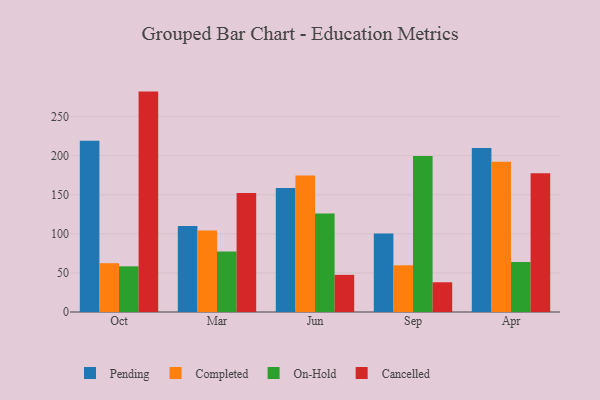
{"axis": {"x": "Month", "y": "Demand Index"}, "legend": ["Cancelled", "Completed", "On-Hold", "Pending"], "data": [{"x": "Oct", "y": 219.0, "type": "Pending"}, {"x": "Oct", "y": 62.4, "type": "Completed"}, {"x": "Oct", "y": 58.4, "type": "On-Hold"}, {"x": "Oct", "y": 281.8, "type": "Cancelled"}, {"x": "Mar", "y": 109.9, "type": "Pending"}, {"x": "Mar", "y": 104.1, "type": "Completed"}, {"x": "Mar", "y": 77.3, "type": "On-Hold"}, {"x": "Mar", "y": 152.0, "type": "Cancelled"}, {"x": "Jun", "y": 158.7, "type": "Pending"}, {"x": "Jun", "y": 174.6, "type": "Completed"}, {"x": "Jun", "y": 125.8, "type": "On-Hold"}, {"x": "Jun", "y": 47.5, "type": "Cancelled"}, {"x": "Sep", "y": 100.3, "type": "Pending"}, {"x": "Sep", "y": 59.7, "type": "Completed"}, {"x": "Sep", "y": 199.6, "type": "On-Hold"}, {"x": "Sep", "y": 38.0, "type": "Cancelled"}, {"x": "Apr", "y": 209.8, "type": "Pending"}, {"x": "Apr", "y": 192.0, "type": "Completed"}, {"x": "Apr", "y": 63.9, "type": "On-Hold"}, {"x": "Apr", "y": 177.3, "type": "Cancelled"}]}